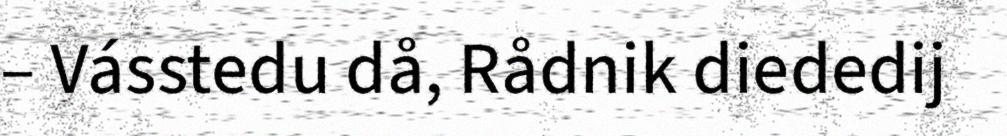
– Vásstedu då, Rådnik diededij